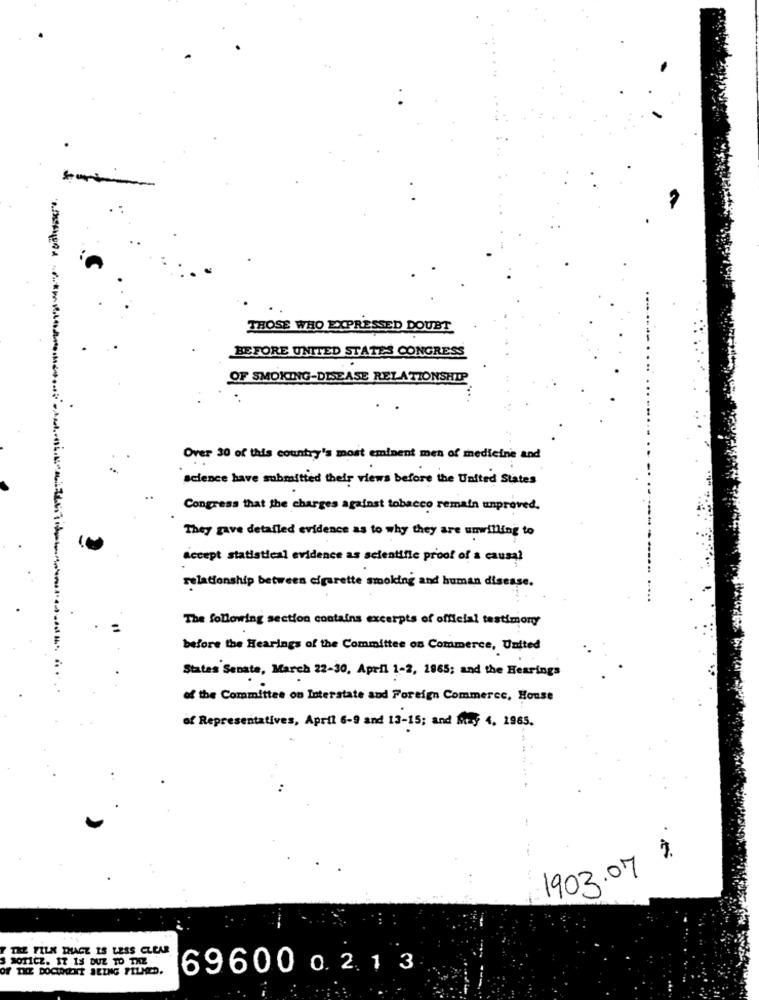
THOSE WHO EXPRESSED DOUBT
BEFORE UNITED STATES CONGRESS
OF SMOKING-DISEASE RELATIONSHIP
Over 30 of this country's most eminent men of medicine and
science have submitted their views before the United States
Congress that the charges against tobacco remain unproved.
They gave detailed evidence as to why they are unwilling to
accept statistical evidence as scientific proof of a causal
relationship between cigarette smoking and human disease.
The following section contains excerpts of official testimony
before the Hearings of the Committee on Commerce, United
States Senate, March 22-30, April 1-2, 1965; and the Hearings
of the Committee on Interstate and Foreign Commerce, House
of Repres
ntatives, April 6-9 and 13-15; and Stay 4. 1965.
1903.07
THE FILM DHACE IS LESS CLEAR
3 SOTICZ. 17 13 DUZ TO THE
OF THE DOCUMENT BEING PILMED.
696000.213